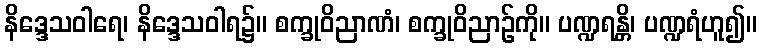
နိဒ္ဒေသဝါရေ၊ နိဒ္ဒေသဝါရ၌။ စက္ခုဝိညာဏံ၊ စက္ခုဝိညာဉ်ကို။ ပဏ္ဍရန္တိ၊ ပဏ္ဍရံဟူ၍။